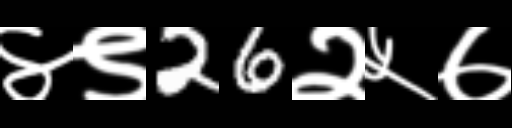
Text: ४९26२५७